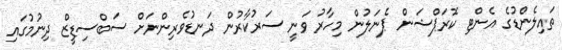
ތައިލެންޑުގެ އެންޓި ކޮރަޕްޝަން ޕެނަލުން މިހާރު ވަނީ ސަރުކާރުން ދަނޑުވެރިންނަށް ސަބްސިޑީޒް ދިނުމުގައި